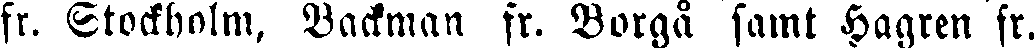
fr. Stockholm, Backman fr. Borgå samt Hagren fr.